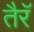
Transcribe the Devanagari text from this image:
तैरॅ